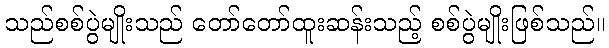
သည်စစ်ပွဲမျိုးသည် တော်တော်ထူးဆန်းသည့် စစ်ပွဲမျိုးဖြစ်သည်။